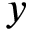
y